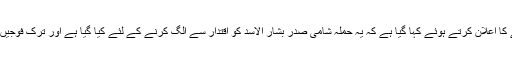
ترک صدر کی جانب سے شام میں فوجیں اتارنے کا اعلان کرتے ہوئے کہا گیا ہے کہ یہ حملہ شامی صدر بشار الاسد کو اقتدار سے الگ کرنے کے لئے کیا گیا ہے اور ترک فوجیں اپنے مقصد میں کامیابی تک واپس نہیں آئیں گی۔